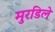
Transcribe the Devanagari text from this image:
मुरडिले